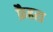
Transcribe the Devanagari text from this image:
फ़ैहरा